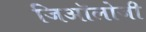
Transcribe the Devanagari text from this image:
जिऑलोजी